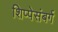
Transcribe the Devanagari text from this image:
शिप्पेसंबर्ग